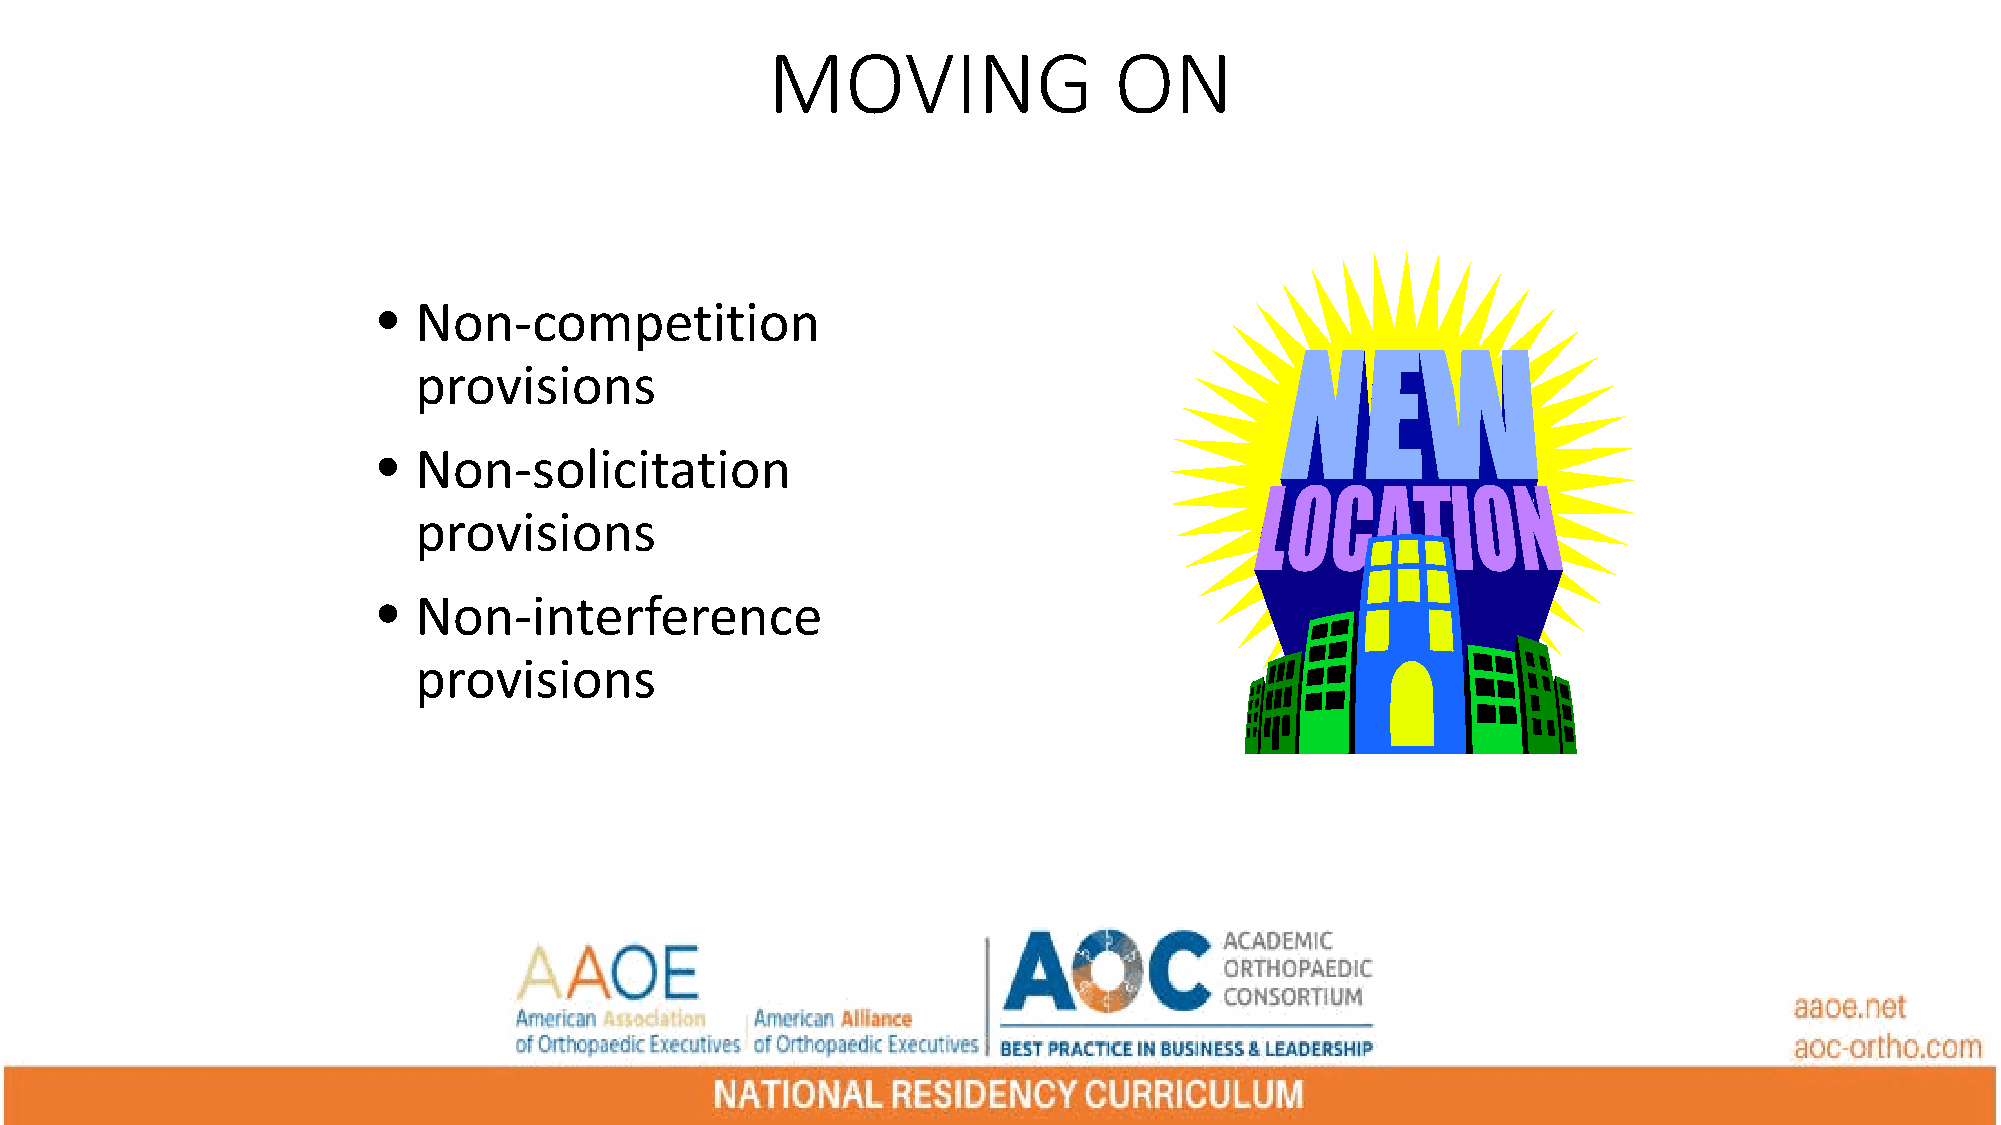
MOVING                 ON
 • Non-competition
 provisions
 • Non-solicitation
 provisions
 • Non-interference
 provisions